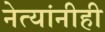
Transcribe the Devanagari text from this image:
नेत्यांनीही